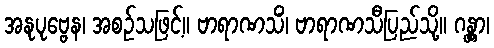
အနုပုဗ္ဗေန၊ အစဉ်သဖြင့်။ ဗာရာဏသိံ၊ ဗာရာဏသီပြည်သို့။ ဂန္တွာ၊